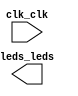

module NiosCustomIP (
	clk_clk,
	leds_leds);	

	input		clk_clk;
	output	[9:0]	leds_leds;
endmodule